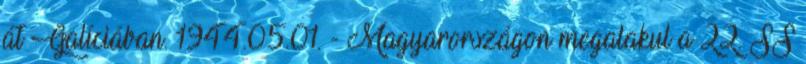
át Galíciában. 1944.05.01. - Magyarországon megalakul a 22. SS